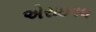
એરાઇવલ